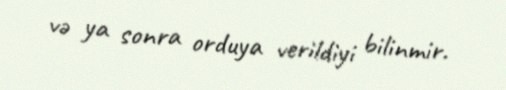
və ya sonra orduya verildiyi bilinmir.